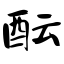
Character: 酝